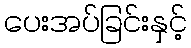
ပေးအပ်ခြင်းနှင့်